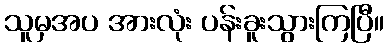
သူမှအပ အားလုံး ပန်းခူးသွားကြပြီ။